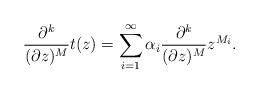
LaTeX: \begin{align*}\frac{\partial^{k}}{(\partial z)^M} t(z)=\sum_{i=1}^\infty \alpha_i \frac{\partial^{k}}{(\partial z)^M} z^{M_i}.\end{align*}